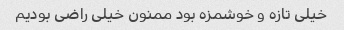
خیلی تازه و خوشمزه بود ممنون خیلی راضی بودیم